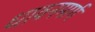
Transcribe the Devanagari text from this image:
धावनमार्ग